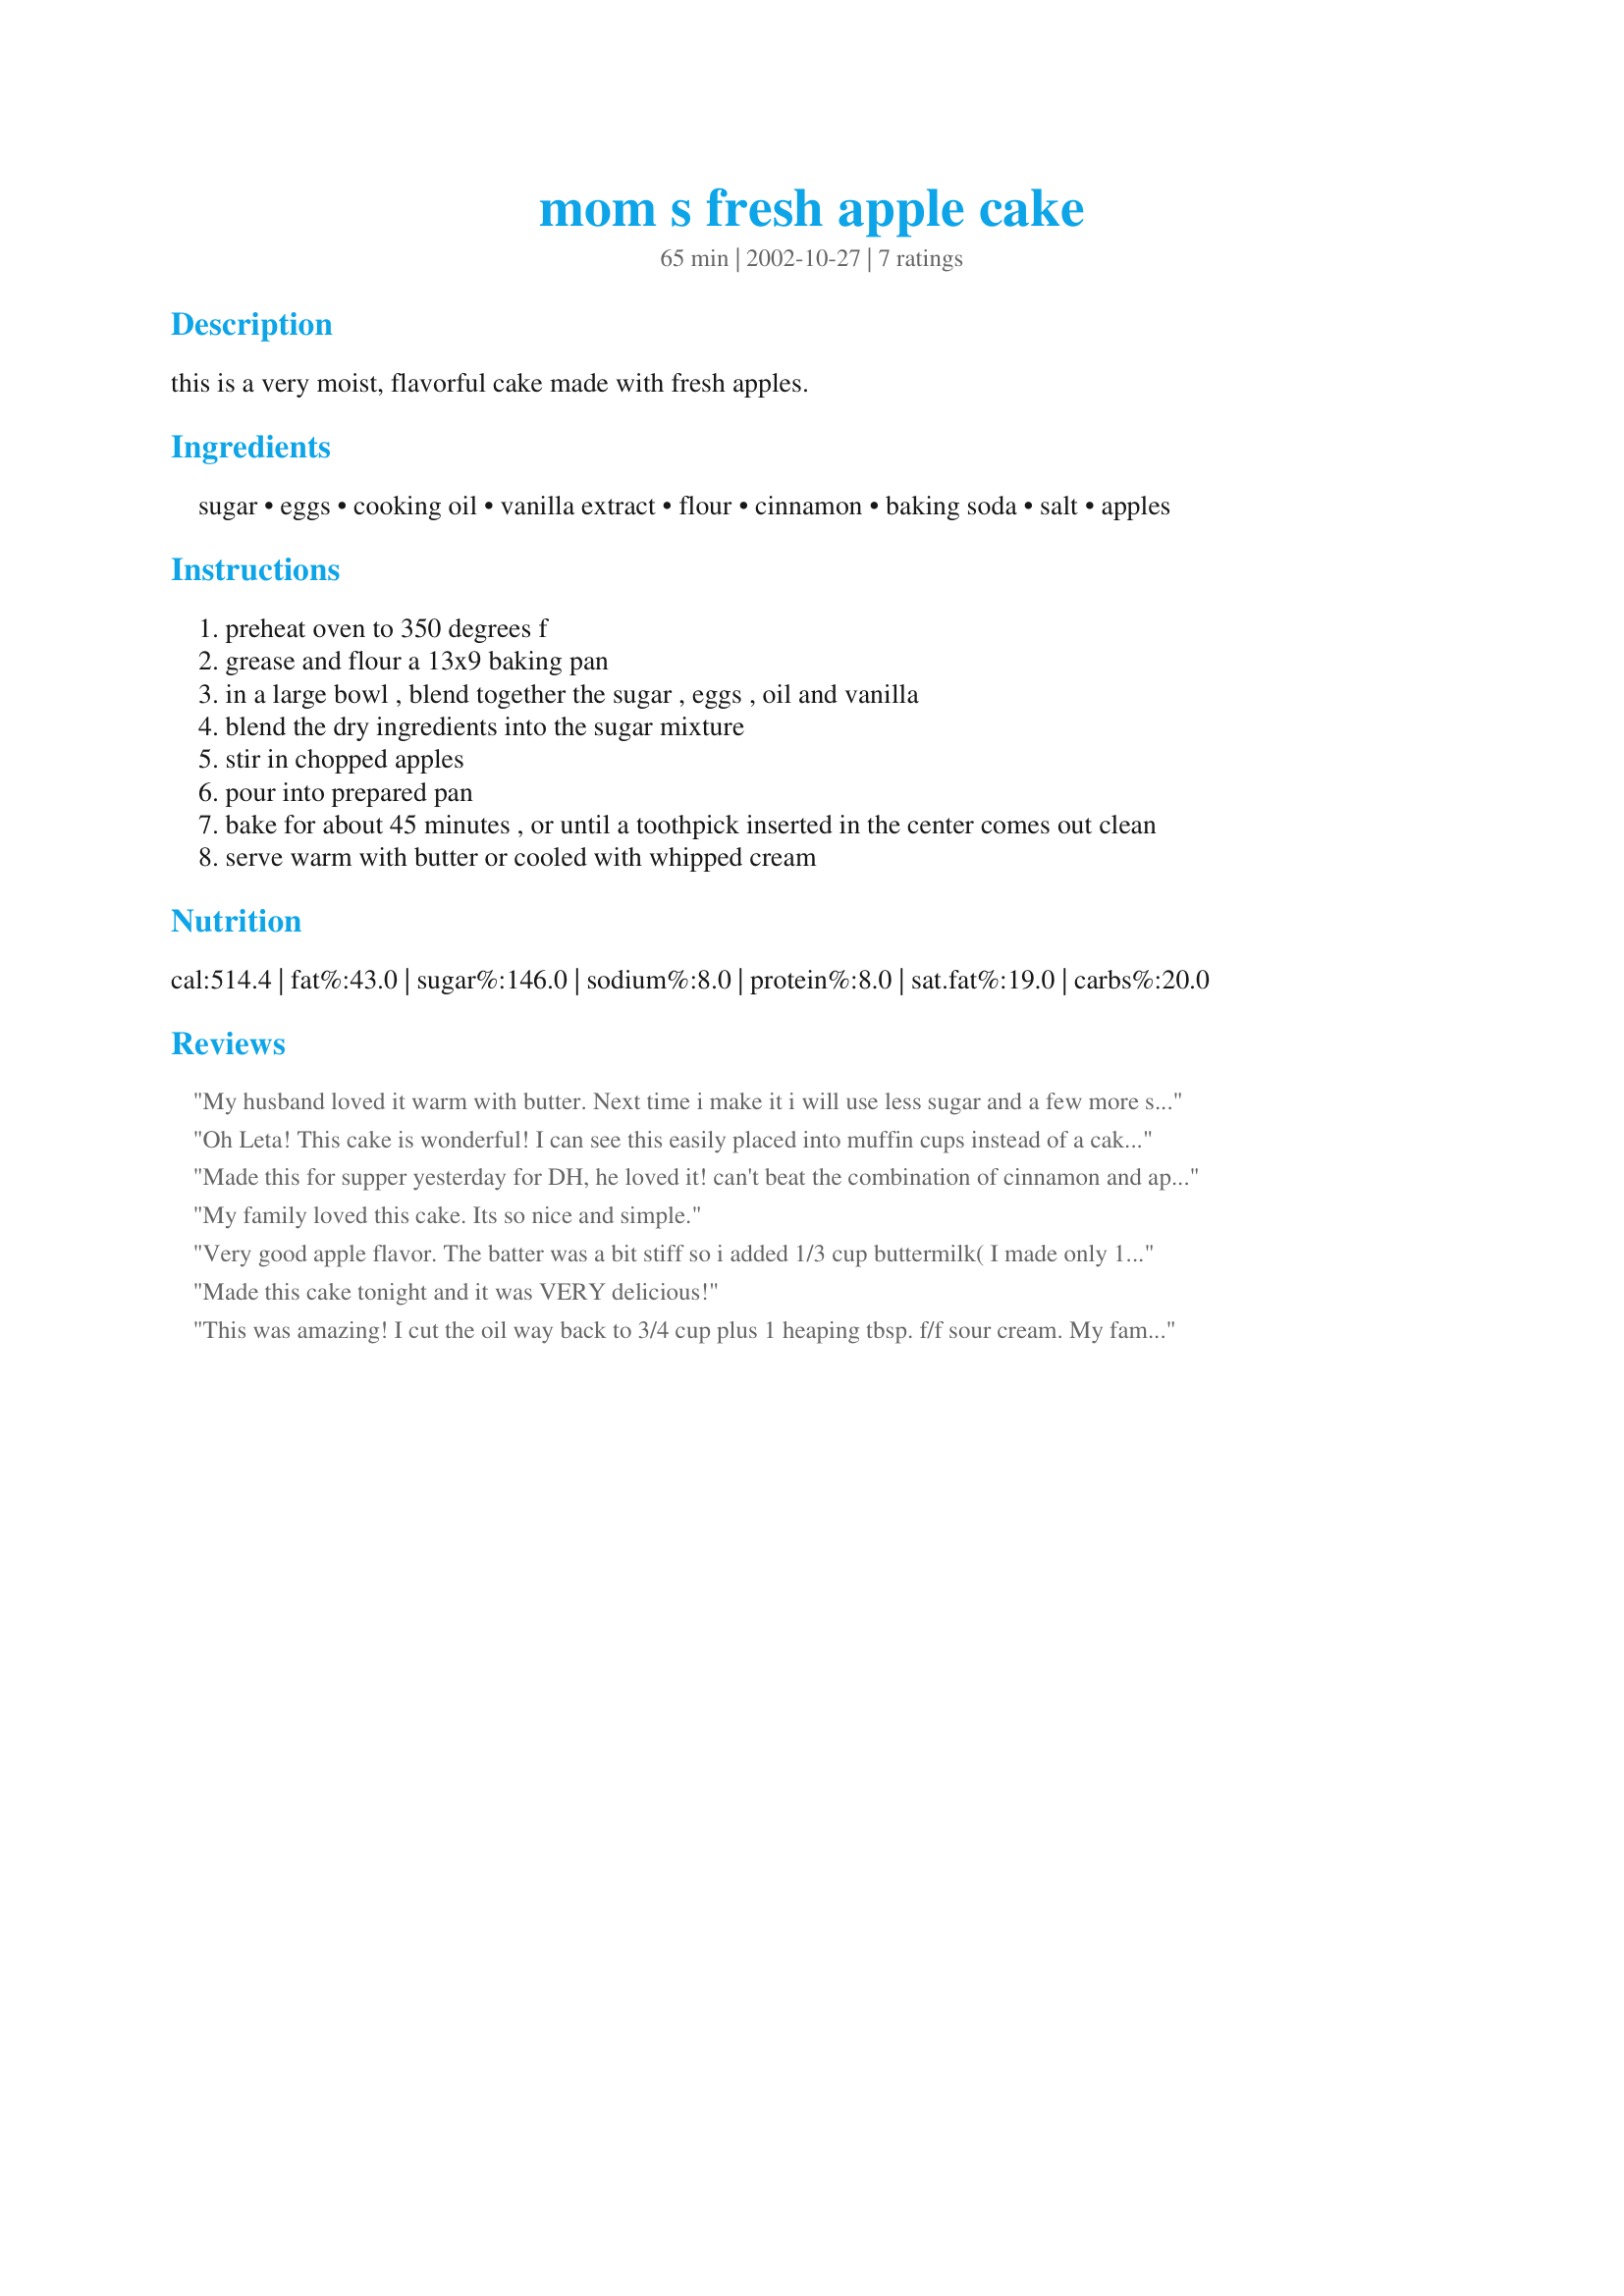
mom s fresh apple cake
Preparation time: 65 minutes

this is a very moist, flavorful cake made with fresh apples.

Ingredients:
sugar, eggs, cooking oil, vanilla extract, flour, cinnamon, baking soda, salt, apples

Steps:
preheat oven to 350 degrees f
grease and flour a 13x9 baking pan
in a large bowl , blend together the sugar , eggs , oil and vanilla
blend the dry ingredients into the sugar mixture
stir in chopped apples
pour into prepared pan
bake for about 45 minutes , or until a toothpick inserted in the center comes out clean
serve warm with butter or cooled with whipped cream

Reviews:
My husband loved it warm with butter. Next time i make it i will use less sugar and a few more spices. Little to sweet for me
Oh Leta! This cake is wonderful! I can see this easily placed into muffin cups instead of a cake pan and served for a wonderful breakfast treat! I ate this right out of the oven with butter and just enjoyed it immensely! The apples helped give this cake a delicious moisture and texture. I will be holding on to this recipe to make again and again! Thanks, Leta!
Made this for supper yesterday for DH, he loved it! can't beat the combination of cinnamon and apples.
Lovely cake, I cut it in half and put half in the freezer.
Thanks for sharing Leta!
My family loved this cake. Its so nice and simple.
Very good apple flavor. The batter was a bit stiff so i added 1/3 cup buttermilk( I made only 1/2 the recipe) Also added 1/2 cup chopped pecans. Turned out so moist no icing is needed. we put cool whip on it but even that is not needed, to make it delicious!
Made this cake tonight and it was VERY delicious!
This was amazing! I cut the oil way back to 3/4 cup plus 1 heaping tbsp. f/f sour cream. My family is enjoying it now! :) It does taste just like Mom's! :) I will make it again as muffins and will add choc. chips....just like my mom did!
